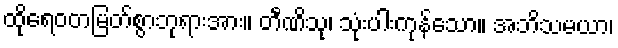
ထိုရေဝတမြတ်စွာဘုရားအား။ တီဏိသု၊ သုံးပါးကုန်သော။ အဘိသမယာ၊